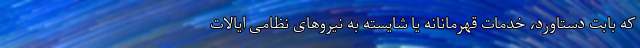
که بابت دستاورد، خدمات قهرمانانه یا شایسته به نیروهای نظامی ایالات